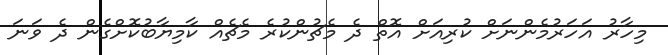
މިހާރު އަހަރުމެންނަށް ކުރިއަށް އޮތް ދެ މެޗުންކުރެ މެޗެއް ކާމިޔާބުކޮށްގެން ދެ ވަނަ